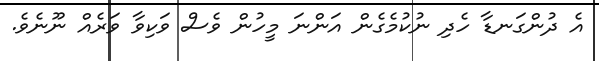
އެ ދުންގަނޑާ ހެދި ނުކުމެގެން އަންނަ މީހުން ވެސް ވަކިވާ ވަރެއް ނޫނެވެ.